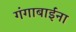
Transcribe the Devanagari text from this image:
गंगाबाईंना